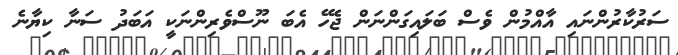
ސަރުކާރުންނައި އާއްމުން ވެސް ބަލައިގަންނަން ޖެހޭ އެބަ ނޫސްވެރިންނަކީ އަބަދު ސަނާ ކިޔާނެ